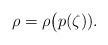
LaTeX: \begin{align*} \rho =\rho\bigl(p(\zeta)).\end{align*}